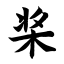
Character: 桨